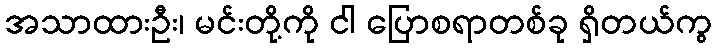
အသာထားဦး၊ မင်းတို့ကို ငါ ပြောစရာတစ်ခု ရှိတယ်ကွ